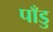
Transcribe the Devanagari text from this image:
पाँडु